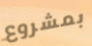
بمشروع